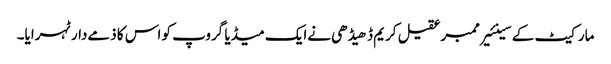
مارکیٹ کے سینئیرممبرعقیل کریم ڈھیڈھی نےایک میڈیا گروپ کو اس کا ذمےدارٹہرایا۔